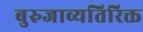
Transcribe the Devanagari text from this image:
बुरुजाव्यतिरिक्त